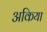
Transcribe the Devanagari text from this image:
अकिया